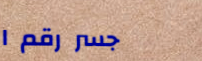
جسر رقم ١